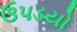
ઉપડયો